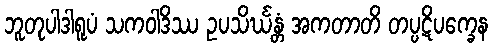
ဘူတုပါဒါရူပံ သကဝါဒိဿ ဥပသိင်္ဃန္တံ အကတာတိ တပ္ပဋိပက္ခေန